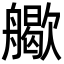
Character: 𦪬